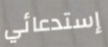
إستدعائي